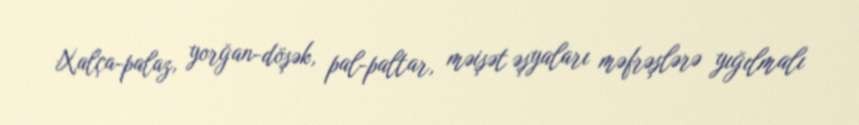
Xalça-palaz, yorğan-döşək, pal-paltar, məişət əşyaları məfrəşlərə yığılmalı